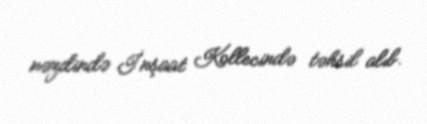
nəzdində İnşaat Kollecində təhsil alıb.